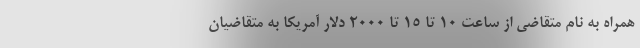
همراه به نام متقاضی از ساعت ۱۰ تا ۱۵ تا ۲۰۰۰ دلار آمریکا به متقاضیان